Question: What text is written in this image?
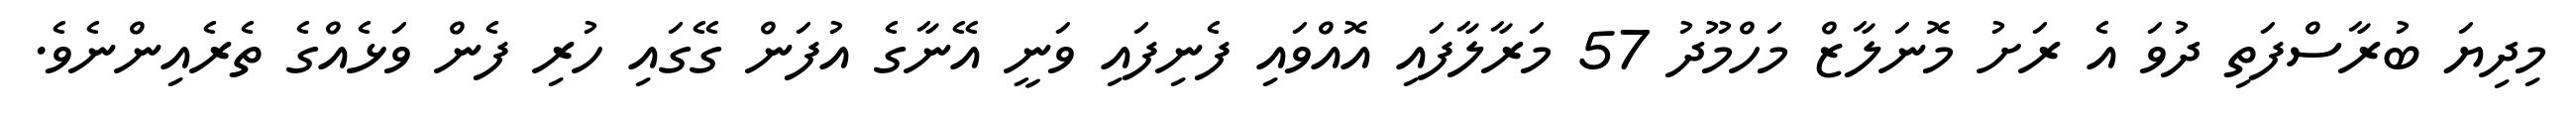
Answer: މިދިޔަ ބުރާސްފަތި ދުވަ އެ ރަށު މޮނަލާޒް މަހްމޫދު 57 މަރާލާފައި އޮއްވައި ފެނިފައި ވަނީ އޭނާގެ އުފަން ގޭގައި ހުރި ފެން ވަޅެއްގެ ތެރެއިންނެވެ.